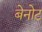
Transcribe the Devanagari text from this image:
बेनोट